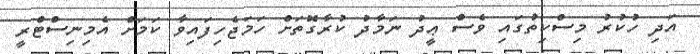
އަދި ހުކުރު މިސްކިތުގައި ވެސް ޢީދު ނަމާދު ކުރާގޮތަށް ހަމަޖެހިފައިވާ ކަމަށް އެމިނިސްޓްރީ